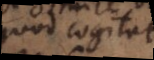
quod cogitat,